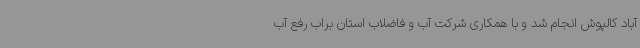
آباد کالپوش انجام شد و با همکاری شرکت آب و فاضلاب استان براب رفع آب